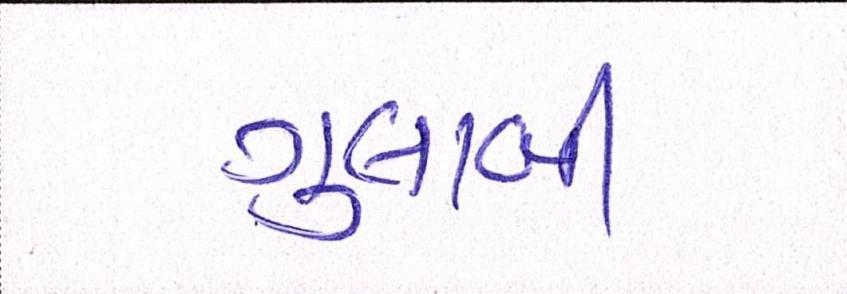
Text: ગુલાબી